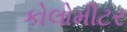
કોલોમીટર